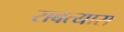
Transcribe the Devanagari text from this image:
राबत्यास